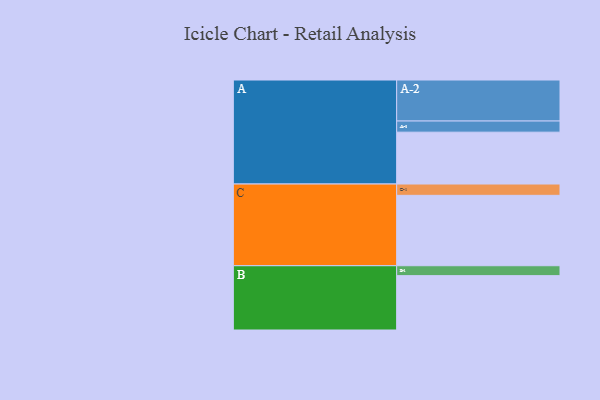
{"axis": {"x": "Segment", "y": "Value"}, "legend": ["", "A", "B", "C"], "data": [{"x": "A", "y": 330, "type": ""}, {"x": "B", "y": 346, "type": ""}, {"x": "C", "y": 448, "type": ""}, {"x": "A-1", "y": 71, "type": "A"}, {"x": "A-2", "y": 261, "type": "A"}, {"x": "B-1", "y": 63, "type": "B"}, {"x": "C-1", "y": 72, "type": "C"}]}